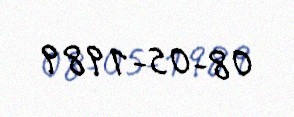
08-05-1989